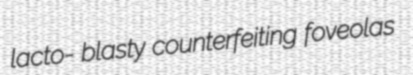
lacto- blasty counterfeiting foveolas